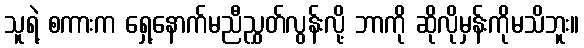
သူရဲ့ စကားက ရှေ့နောက်မညီညွှတ်လွန်းလို့ ဘာကို ဆိုလိုမှန်းကိုမသိဘူး။